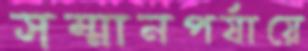
সম্মানপর্যায়ে